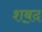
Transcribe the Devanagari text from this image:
शॿद